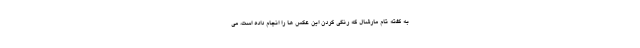
به گفته تام مارشال که رنگی کردن این عکس ها را انجام داده است، می